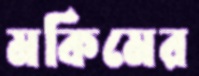
মকিমের